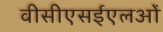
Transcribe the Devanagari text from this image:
वीसीएसईएलओं